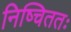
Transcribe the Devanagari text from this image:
निष्चिततः